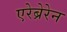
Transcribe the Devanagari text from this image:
एरेब्रेरेन